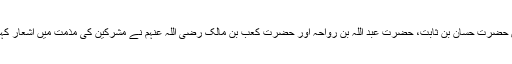
پس حضرت حسان بن ثابت، حضرت عبد اللہ بن رواحہ اور حضرت کعب بن مالک رضی اللہ عنہم نے مشرکین کی مذمت میں اشعار کہے۔